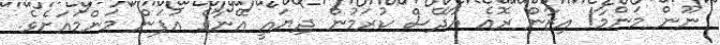
ނޫން މަންމާ! އިޒާން ރޮއެ އާދޭސް ކުރަމުން ދިޔައީ އޭނާގެ އުފަން މަންމައަށެވެ.